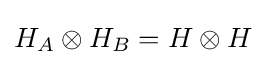
H_{A}\otimes H_{B}=H\otimes H